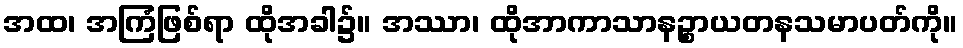
အထ၊ အကြံဖြစ်ရာ ထိုအခါ၌။ အဿာ၊ ထိုအာကာသာနဉ္စာယတနသမာပတ်ကို။